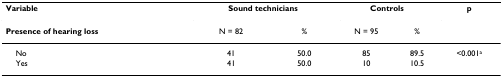
<table><thead><tr><td><b>Variable</b></td><td colspan="2"><b>Sound technicians</b></td><td colspan="2"><b>Controls</b></td><td><b>p</b></td></tr><tr><td><b>Presence of hearing loss</b></td><td><b>N = 82</b></td><td><b>%</b></td><td><b>N = 95</b></td><td><b>%</b></td><td></td></tr></thead><tbody><tr><td> No</td><td>41</td><td>50.0</td><td>85</td><td>89.5</td><td>&lt;0.001<sup>a</sup></td></tr><tr><td> Yes</td><td>41</td><td>50.0</td><td>10</td><td>10.5</td><td></td></tr></tbody></table>